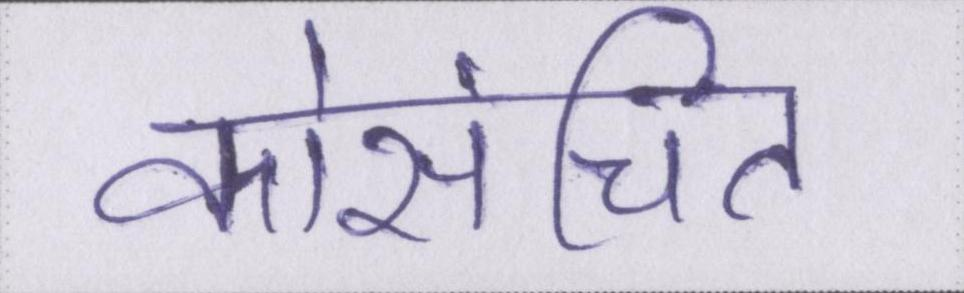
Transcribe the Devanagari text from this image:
कोसंचित